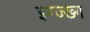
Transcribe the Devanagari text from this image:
झ्ग्ज्ख्ग